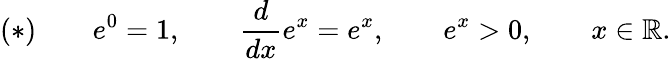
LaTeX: (*)\qquad e^{0}=1,\qquad{\frac{d}{dx}}e^{x}=e^{x},\qquad e^{x}>0,\qquad x\in\mathbb{R}.